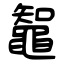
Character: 鼅